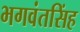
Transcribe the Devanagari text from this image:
भगवंतसिंह